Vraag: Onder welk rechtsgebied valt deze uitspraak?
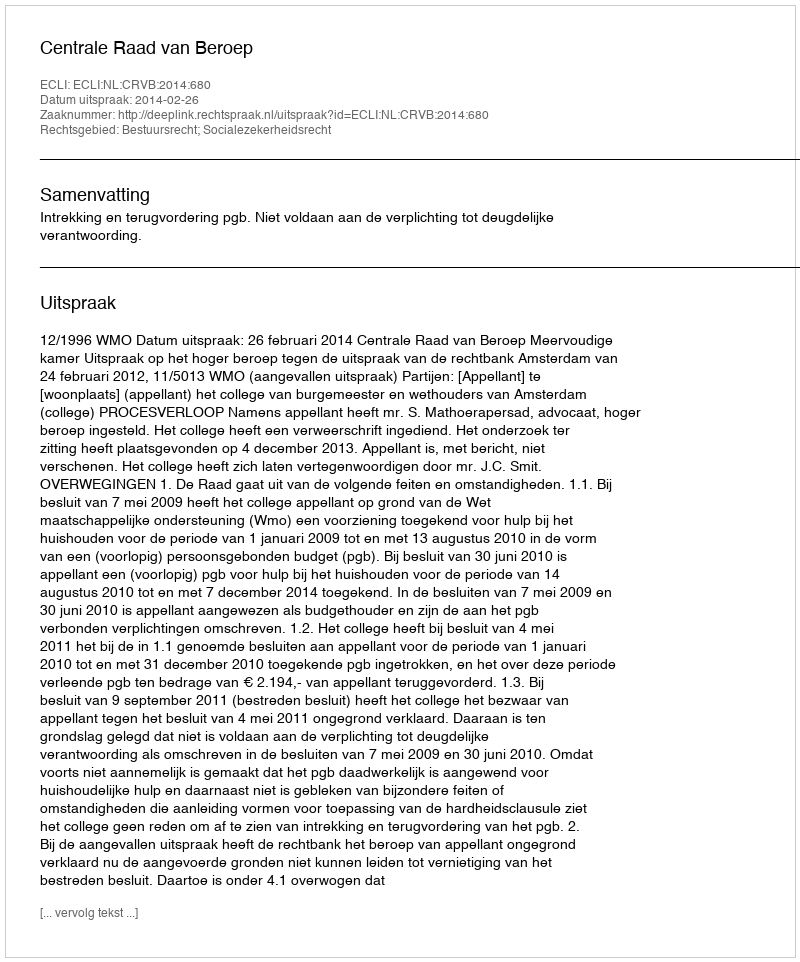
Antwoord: Bestuursrecht; Socialezekerheidsrecht